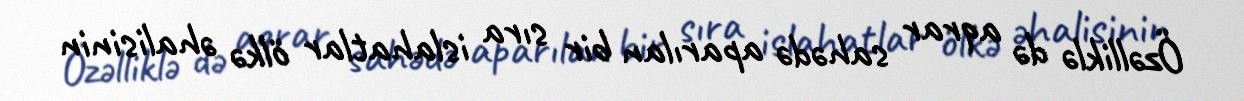
Özəlliklə də aqrar sahədə aparılan bir sıra islahatlar ölkə əhalisinin